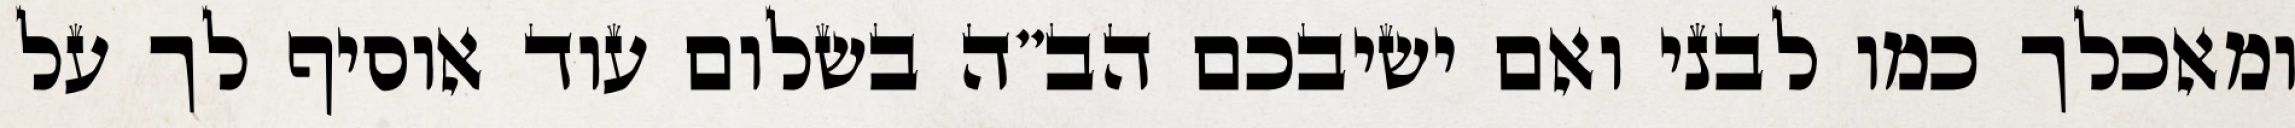
ומאכלך כמו לבני ואם ישיבכם הב”ה בשלום עוד אוסיף לך על